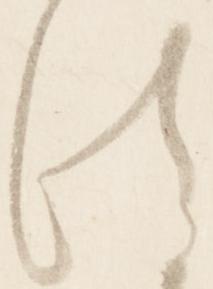
法